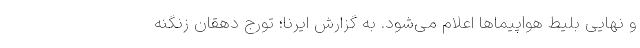
و نهایی بلیط هواپیماها اعلام می‌شود. به گزارش ایرنا؛ تورج دهقان زنگنه